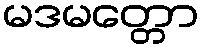
မဒမတ္တော